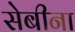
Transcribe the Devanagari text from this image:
सेबीना